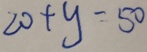
2 0 + y - 5 0